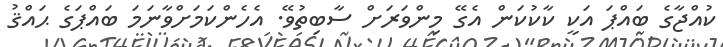
ކުއްޖާގެ ބައްޕަ އަކީ ކާކުކަން އެގޭ މިންވަރަށް ސާބިތުވޭ. އެހެންކަމަށްވާނަމަ ބައްޕަގެ ޙައްޤު